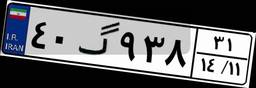
۶۲گ۶۵۵۴۴